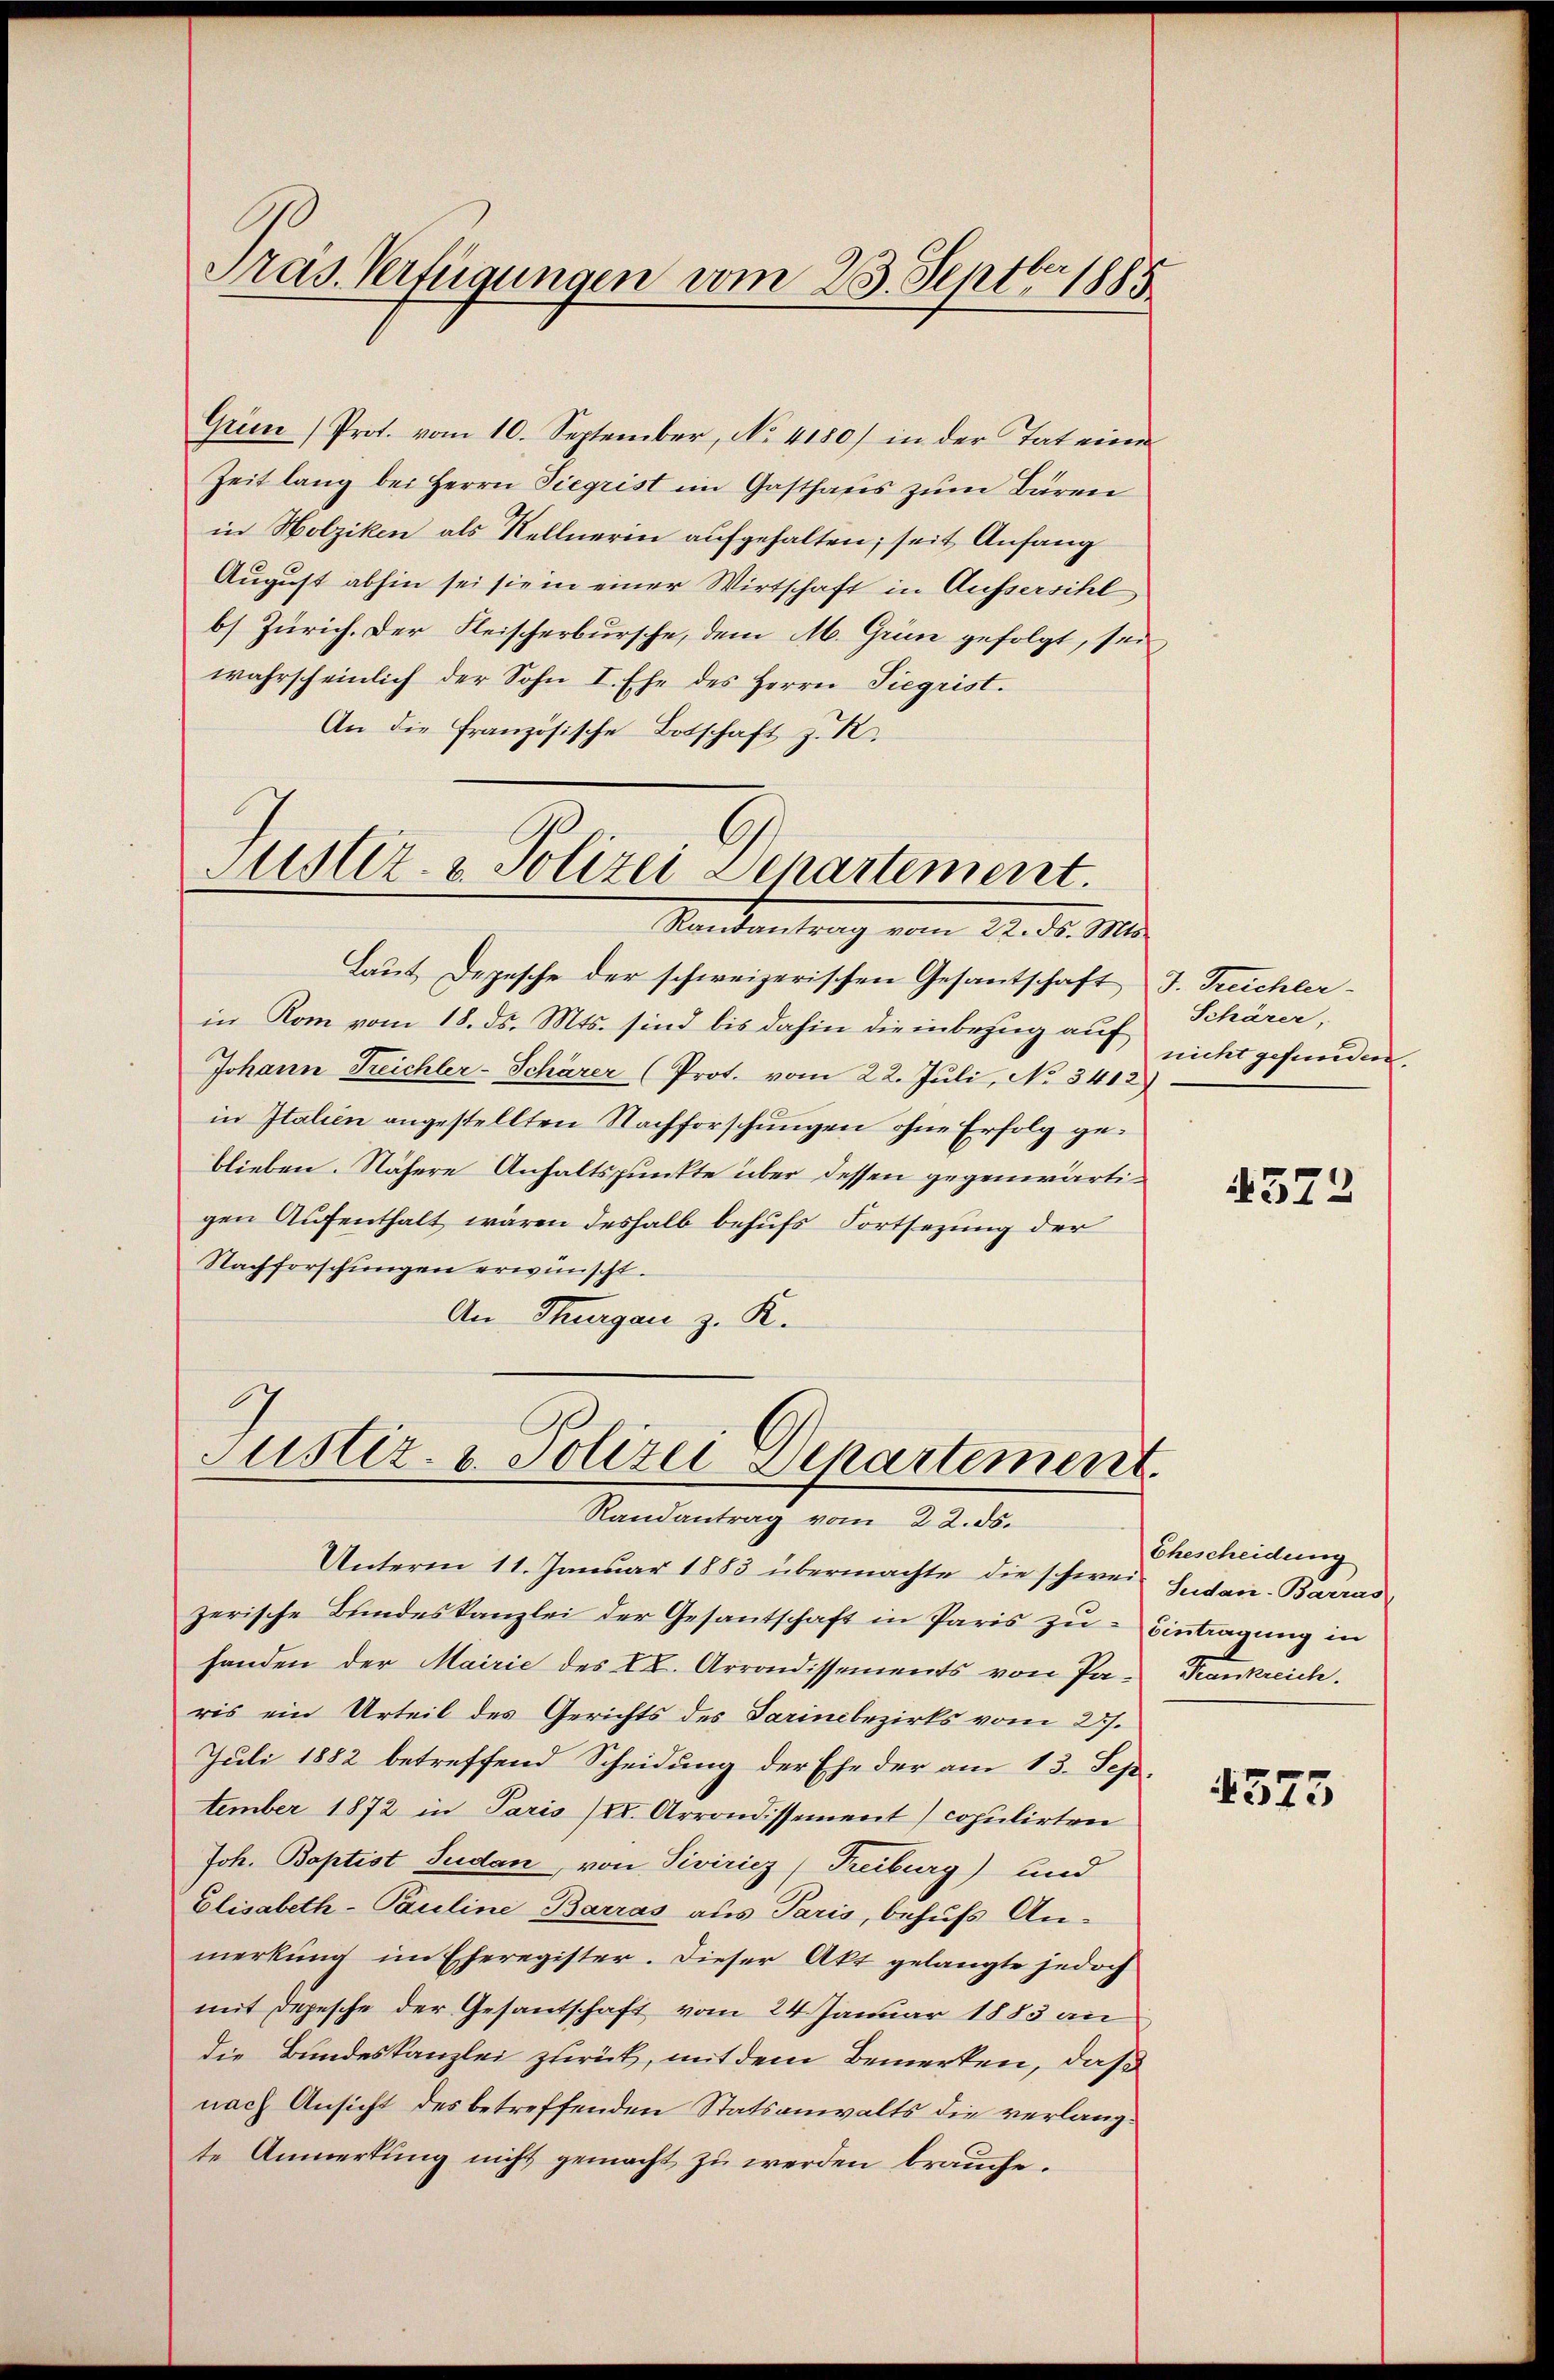
Pras. Verfügungen vom 23. Septbr. 1885

Grien (Prot. vom 10. September, No. 4180) in der Tat eine
Zeit lang bei Herrn Siegrist im Gasthaus zum Bären
in Holziken als Sellnerin aufgehalten; seit Anfang
August abhin sei sie in einer Wirtschaft in Aussersihl
b) Zürich. Der Fleischerbursche, dem M. Grün gefolgt, sei
wahrscheinlich der Sohn I. Ehe des Herrn Siegrist.
An die Französische Botschaft z. R.

Justiz- & Polizei Departement.
Randantrag vom 22. ds. Mts.

Laut Depesche der schweizerischen Gesantschaft J. Treichler-
in Rom vom 18. ds. Mts. sind bis dahin die inbezug auf
Johann Treichler-Schärer (Prot. vom 22. Juli, No 3412)
in Italien angestellten Nachforschungen ohne Erfolg geblieben. Nähere Anhaltspunkte über dessen gegenwärtigen Aufenthalt wären deshalb behufs Fortsezung der
Nachforschungen erwünscht.
An Thurgau z. K.

Justiz- & Polizei Departement.
Randantrag vom 22. ds.

Unterm 11. Januar 1883 übermachte die schwei- Sudan-Barras
zerische Bundeskanzlei der Gesantschaft in Paris zu Eintragung in
handen der Mairie des CC. Arrondissements von Pa- Krankreich.
ris ein Urteil des Gerichts des Darinebezirks vom 28.
Juli 1882 betreffend Scheidung der Ehe der am 13. Sep
tember 1872 in Paris II. Arrondissement) copulirten
Joh. Baptist Sudan, von Piviricz) Treiburg) und
Elisabeth-Pauline Barras aus Paris, behufs An-
merkung im Eheregister. Dieser Akt gelangte jedoch
mit Depesche der Gesantschaft vom 24. Januar 1883 an
die Bundeskanzlei zurück, mit dem Bemerken, daß
nach Ansicht des betreffenden Statsanwalts die verlangte Anmerkung nicht gemacht zu werden brauche.

Schärer,
nicht gefunden.

4322

Ehescheidung

4573